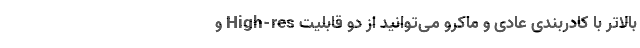
بالاتر با کادربندی عادی و ماکرو می‌توانید از دو قابلیت High-res و